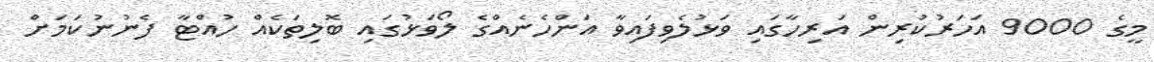
މީގެ 9000 އަހަރުކުރިން އަރިހާގައި ވަޅުލެވިފައިވާ އަންހެނެއްގެ ލޯވަޅުގައި ބޮލިތަކެއް ހުއްޓާ ފެނުނުކަމަށް